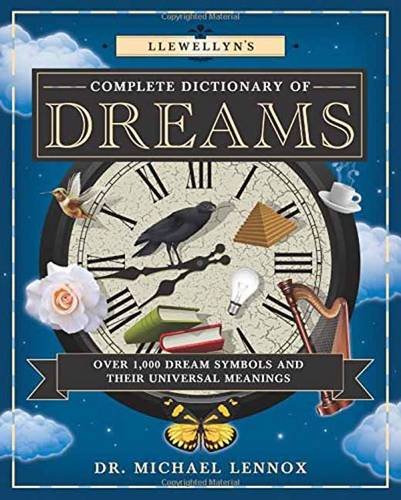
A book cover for Llewellyn's Complete Dictionary of Dreams: Over 1,000 Dream Symbols and Their Universal Meanings (Llewellyn's Complete Book Series); Dr Michael Lennox; Self-Help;